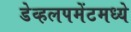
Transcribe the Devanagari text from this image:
डेव्हलपमेंटमध्ये